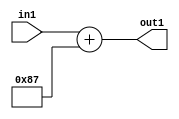
`timescale 1ps / 1ps
/*****************************************************************************
    Verilog RTL Description
    
    
    Created by: Stratus DpOpt 2019.1.01 
*******************************************************************************/

module DC_Filter_Add_12U_250_1 (
	in1,
	out1
	); /* architecture "behavioural" */ 
input [11:0] in1;
output [11:0] out1;
wire [11:0] asc001;

assign asc001 = 
	+(in1)
	+(12'B000010000111);

assign out1 = asc001;
endmodule

/* CADENCE  urnxTQA= : u9/ySgnWtBlWxVPRXgAZ4Og= ** DO NOT EDIT THIS LINE ******/